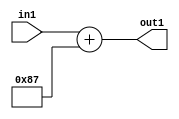
`timescale 1ps / 1ps
/*****************************************************************************
    Verilog RTL Description
    
    
    Created by: Stratus DpOpt 2019.1.01 
*******************************************************************************/

module DC_Filter_Add_12U_250_1 (
	in1,
	out1
	); /* architecture "behavioural" */ 
input [11:0] in1;
output [11:0] out1;
wire [11:0] asc001;

assign asc001 = 
	+(in1)
	+(12'B000010000111);

assign out1 = asc001;
endmodule

/* CADENCE  urnxTQA= : u9/ySgnWtBlWxVPRXgAZ4Og= ** DO NOT EDIT THIS LINE ******/